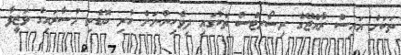
ތަަކަށް އައިސް ރާއްޖޭގެ ރިސޯރޓްްސް ތަކުގައި ދިވެހިންނަށް ހުރި ބޮޑެތި މުސާރައިގެ ވަޒީފާ